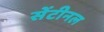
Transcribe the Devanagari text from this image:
सेंटीनल